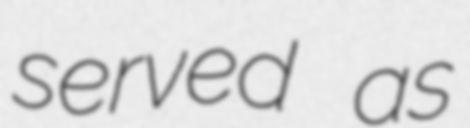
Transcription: served as